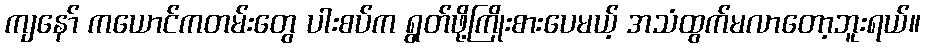
ကျနော် ကယောင်ကတမ်းတွေ ပါးစပ်က ရွတ်ဖို့ကြိုးစားပေမယ့် အသံထွက်မလာတော့ဘူးရယ်။